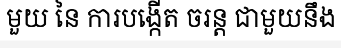
មួយ នៃ ការបង្កើត ចរន្ត ជាមួយនឹង